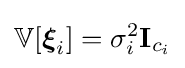
\mathbb {V} [{\boldsymbol {\xi }}_{i}]=\sigma _{i}^{2}\mathbf {I} _{c_{i}}